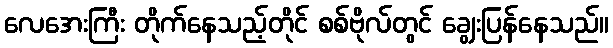
လေအေးကြီး တိုက်နေသည့်တိုင် စစ်ဗိုလ်တွင် ချွေးပြန်နေသည်။